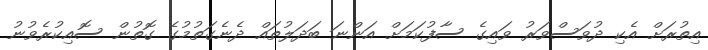
އިތުރަށް އެކި ދުވަސްވަރު ވައިގެ ސާފުކަމަށް އަންނަ ބަދަލުތައް ދެނެގަތުމުގެ ގޮތުން ސޮއިކުރެވުނު